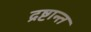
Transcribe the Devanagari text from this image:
द्रष्टान्त